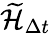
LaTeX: \widetilde{\mathcal{H}}_{\Delta t}